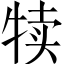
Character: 犊